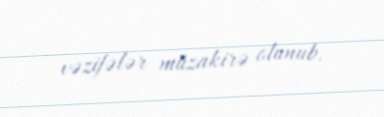
vəzifələr müzakirə olunub.